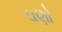
ઘણો